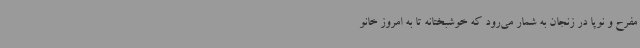
مفرح و نوپا در زنجان به شمار می‌رود که خوشبختانه تا به امروز خانو